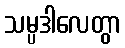
သမ္ပဒါလေတွာ